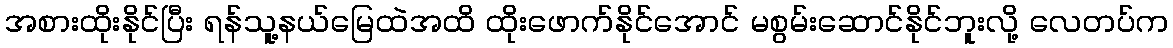
အစားထိုးနိုင်ပြီး ရန်သူ့နယ်မြေထဲအထိ ထိုးဖောက်နိုင်အောင် မစွမ်းဆောင်နိုင်ဘူးလို့ လေတပ်က